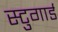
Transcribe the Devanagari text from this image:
स्टुगार्ड